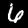
Label: 6